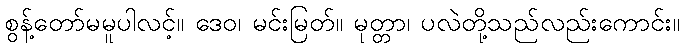
စွန့်တော်မမူပါလင့်။ ဒေဝ၊ မင်းမြတ်။ မုတ္တာ၊ ပလဲတို့သည်လည်းကောင်း။